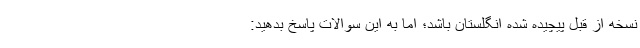
نسخه از قبل پیچیده شده انگلستان باشد؛ اما به این سوالات پاسخ بدهید: